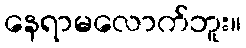
နေရာမလောက်ဘူး။